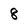
Character: 8